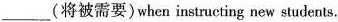
__(将被需要)when instructing new students.